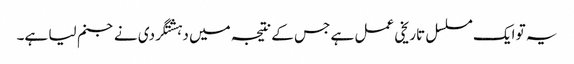
یہ تو ایک مسلسل تاریخی عمل ہے جس کے نتیجہ میں دہشتگردی نے جنم لیا ہے۔